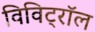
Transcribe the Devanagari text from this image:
विविट्रॉल